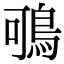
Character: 𪀉